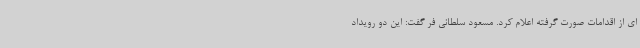
ای از اقدامات صورت گرفته اعلام کرد. مسعود سلطانی فر گفت: این دو رویداد